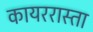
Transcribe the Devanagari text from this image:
कायररास्ता